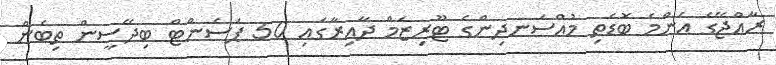
ރާއްޖޭގެ އެންމެ ބޮޑެތި މުއްސަނދިންގެ ޓޫރިޒަމް ދާއިރާގައި 50 ޕަސެންޓް ބިދޭސީން ތިބެން